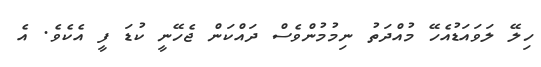
ހިލޭ ލަވައަޑުއެހޭ މުއްދަތު ނިމުމުންވެސް ދައްކަން ޖެހޭނީ ކުޑަ ފީ އެކެވެ. އެ